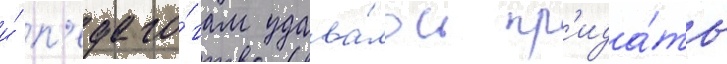
и́ п'едаго́гам удава́лось пр'ида́ть